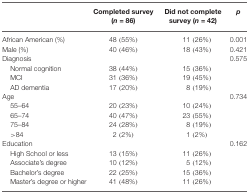
|  | Completed survey (n = 86) | Did not complete survey (n = 42) | p |
 | --- | --- | --- | --- |
 | African American (%) | 48 (55%) | 11 (26%) | 0.001 |
 | Male (%) | 40 (46%) | 18 (43%) | 0.421 |
 | Diagnosis |  |  | 0.575 |
 | Normal cognition | 38 (44%) | 15 (36%) |  |
 | MCI | 31 (36%) | 19 (45%) |  |
 | AD dementia | 17 (20%) | 8 (19%) |  |
 | Age |  |  | 0.734 |
 | 55–64 | 20 (23%) | 10 (24%) |  |
 | 65–74 | 40 (47%) | 23 (55%) |  |
 | 75–84 | 24 (28%) | 8 (19%) |  |
 | >84 | 2 (2%) | 1 (2%) |  |
 | Education |  |  | 0.162 |
 | High School or less | 13 (15%) | 11 (26%) |  |
 | Associate’s degree | 10 (12%) | 5 (12%) |  |
 | Bachelor’s degree | 22 (25%) | 15 (36%) |  |
 | Master’s degree or higher | 41 (48%) | 11 (26%) |  |